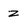
Character: z